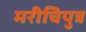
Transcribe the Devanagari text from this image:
मरीचिपुत्र